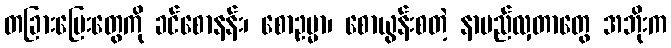
တခြားမြေးတွေကို ခင်စောနန်း၊ စောဥမ္မာ၊ စောယွန်းစတဲ့ နာမည်လှတာတွေ အဘိုးက